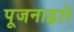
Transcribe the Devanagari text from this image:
पूजनाद्वारे